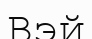
Вэй